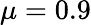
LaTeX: \mu=0.9